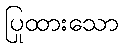
ပြုထားသော